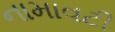
નામાવટી